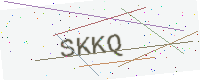
Text: SKKQ